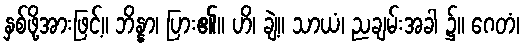
နှစ်ဖို့အားဖြင့်။ ဘိန္နာ၊ ပြား၏။ ဟိ၊ ချဲ့။ သာယံ၊ ညချမ်းအခါ ၌။ ဂေတံ၊